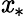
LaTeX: \mathit{x}_{*}